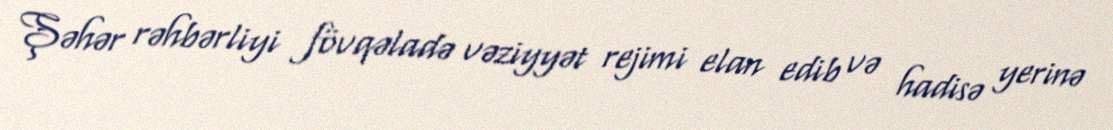
Şəhər rəhbərliyi fövqəladə vəziyyət rejimi elan edib və hadisə yerinə